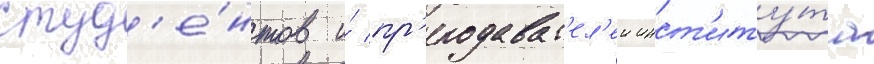
студ'е́нтов и́ пр'еподават'ел'еи инст'иту́та